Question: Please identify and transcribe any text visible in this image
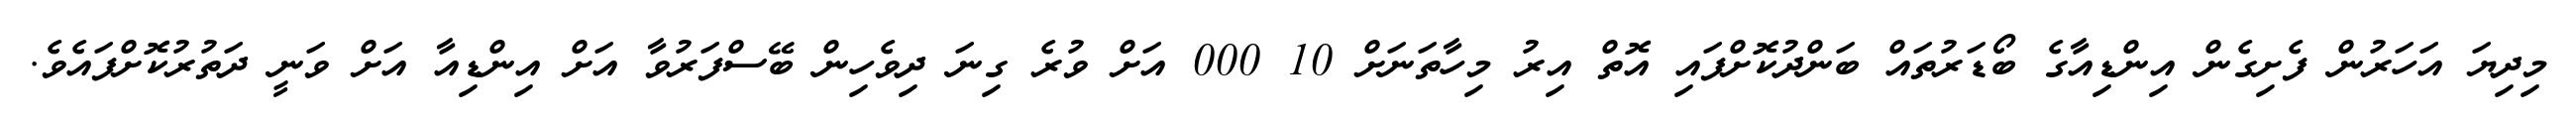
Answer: މިދިޔަ އަހަރުން ފެށިގެން އިންޑިއާގެ ބޯޑަރުތައް ބަންދުކޮށްފައި އޮތް އިރު މިހާތަނަށް 10 000 އަށް ވުރެ ގިނަ ދިވެހިން ބޭސްފަރުވާ އަށް އިންޑިއާ އަށް ވަނީ ދަތުރުކޮށްފައެވެ.